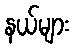
နယ်များ